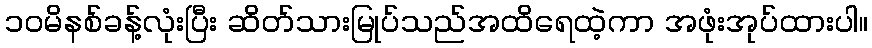
၁၀မိနစ်ခန့်လုံးပြီး ဆိတ်သားမြုပ်သည်အထိရေထဲ့ကာ အဖုံးအုပ်ထားပါ။